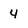
Character: 4